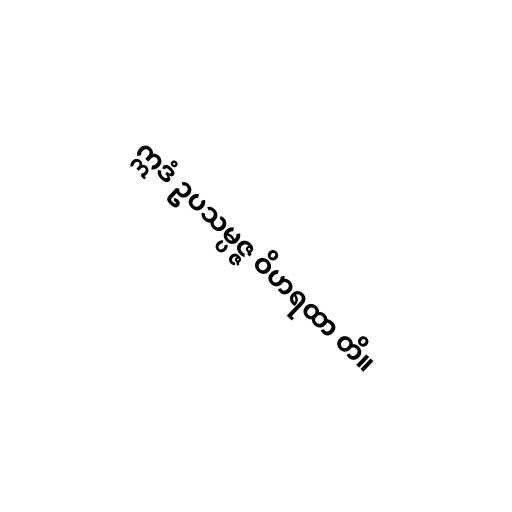
ဣဒံ ဥပသမ္ပဇ္ဇ ဝိဟရထာ တိ။